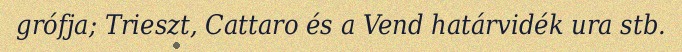
grófja; Trieszt, Cattaro és a Vend határvidék ura stb.